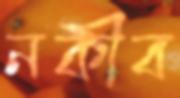
নকীব